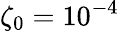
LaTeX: \zeta_{0}=10^{-4}